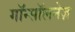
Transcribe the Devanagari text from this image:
गॉन्सॉलनेज़